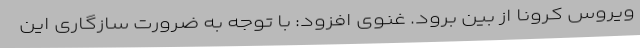
ویروس کرونا از بین برود. غنوی افزود: با توجه به ضرورت سازگاری این